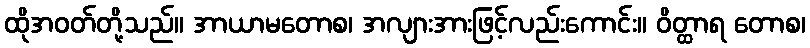
ထိုအဝတ်တို့သည်။ အာယာမတောစ၊ အလျားအားဖြင့်လည်းကောင်း။ ဝိတ္ထာရ တောစ၊